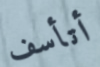
أتأسف